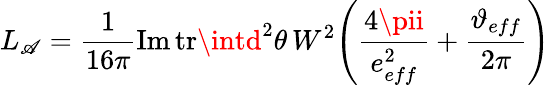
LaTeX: L_{\mathscr{A}}=\frac{{1}}{{16\pi}}\mathrm{{Im}}\, \mathrm{{tr}}\intd^{2}\theta\, W^{2}\Bigg(\frac{{4\pii}}{{e_{eff}^{2}}}+\frac{{\vartheta_{eff}}}{{2\pi}}\Bigg)